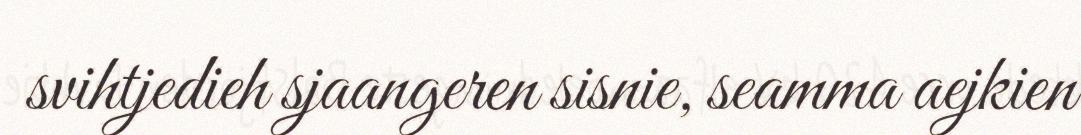
svihtjedieh sjaangeren sisnie, seamma aejkien